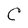
Character: C